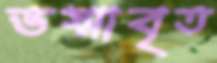
ভস্মাবৃত